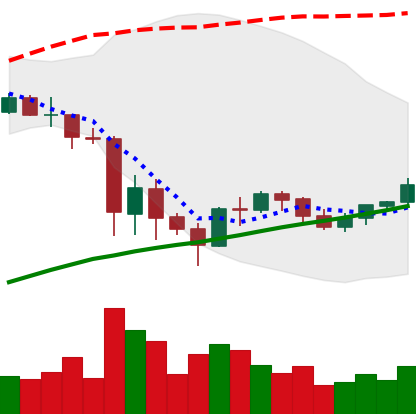
Ticker: BNB-USD
Chart end date: 2021-06-02
Forward return: -10.953%
Label: down_7plus